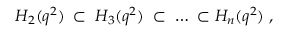
H _ { 2 } ( q ^ { 2 } ) \; \subset \; H _ { 3 } ( q ^ { 2 } ) \; \subset \; \ldots \; \subset H _ { n } ( q ^ { 2 } ) \; ,